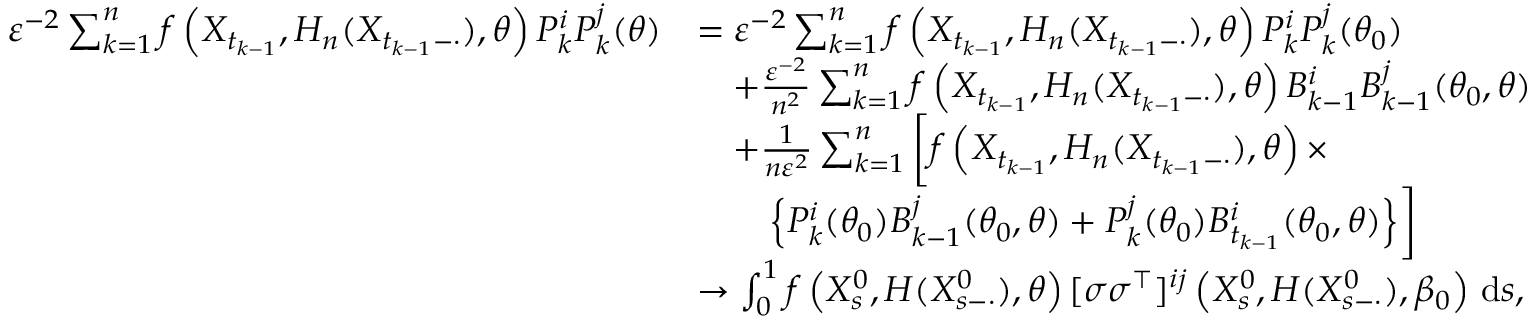
\begin{array} { r l } { \varepsilon ^ { - 2 } \sum _ { k = 1 } ^ { n } f \left( X _ { t _ { k - 1 } } , H _ { n } ( X _ { t _ { k - 1 } - \cdot } ) , \theta \right) P _ { k } ^ { i } P _ { k } ^ { j } ( \theta ) } & { = \varepsilon ^ { - 2 } \sum _ { k = 1 } ^ { n } f \left( X _ { t _ { k - 1 } } , H _ { n } ( X _ { t _ { k - 1 } - \cdot } ) , \theta \right) P _ { k } ^ { i } P _ { k } ^ { j } ( \theta _ { 0 } ) } \\ & { \quad + \frac { \varepsilon ^ { - 2 } } { n ^ { 2 } } \sum _ { k = 1 } ^ { n } f \left( X _ { t _ { k - 1 } } , H _ { n } ( X _ { t _ { k - 1 } - \cdot } ) , \theta \right) B _ { k - 1 } ^ { i } B _ { k - 1 } ^ { j } ( \theta _ { 0 } , \theta ) } \\ & { \quad + \frac { 1 } { n \varepsilon ^ { 2 } } \sum _ { k = 1 } ^ { n } \bigg [ f \left( X _ { t _ { k - 1 } } , H _ { n } ( X _ { t _ { k - 1 } - \cdot } ) , \theta \right) \times } \\ & { \qquad \Big \{ P _ { k } ^ { i } ( \theta _ { 0 } ) B _ { k - 1 } ^ { j } ( \theta _ { 0 } , \theta ) + P _ { k } ^ { j } ( \theta _ { 0 } ) B _ { t _ { k - 1 } } ^ { i } ( \theta _ { 0 } , \theta ) \Big \} \bigg ] } \\ & { \to \int _ { 0 } ^ { 1 } f \left( X _ { s } ^ { 0 } , H ( X _ { s - \cdot } ^ { 0 } ) , \theta \right) [ \sigma \sigma ^ { \top } ] ^ { i j } \left( X _ { s } ^ { 0 } , H ( X _ { s - \cdot } ^ { 0 } ) , \beta _ { 0 } \right) \, \mathrm { d } s , } \end{array}